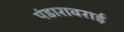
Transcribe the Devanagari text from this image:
पंडारावराई